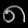
Digit: ၈